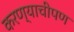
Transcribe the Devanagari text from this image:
करण्याचीपण